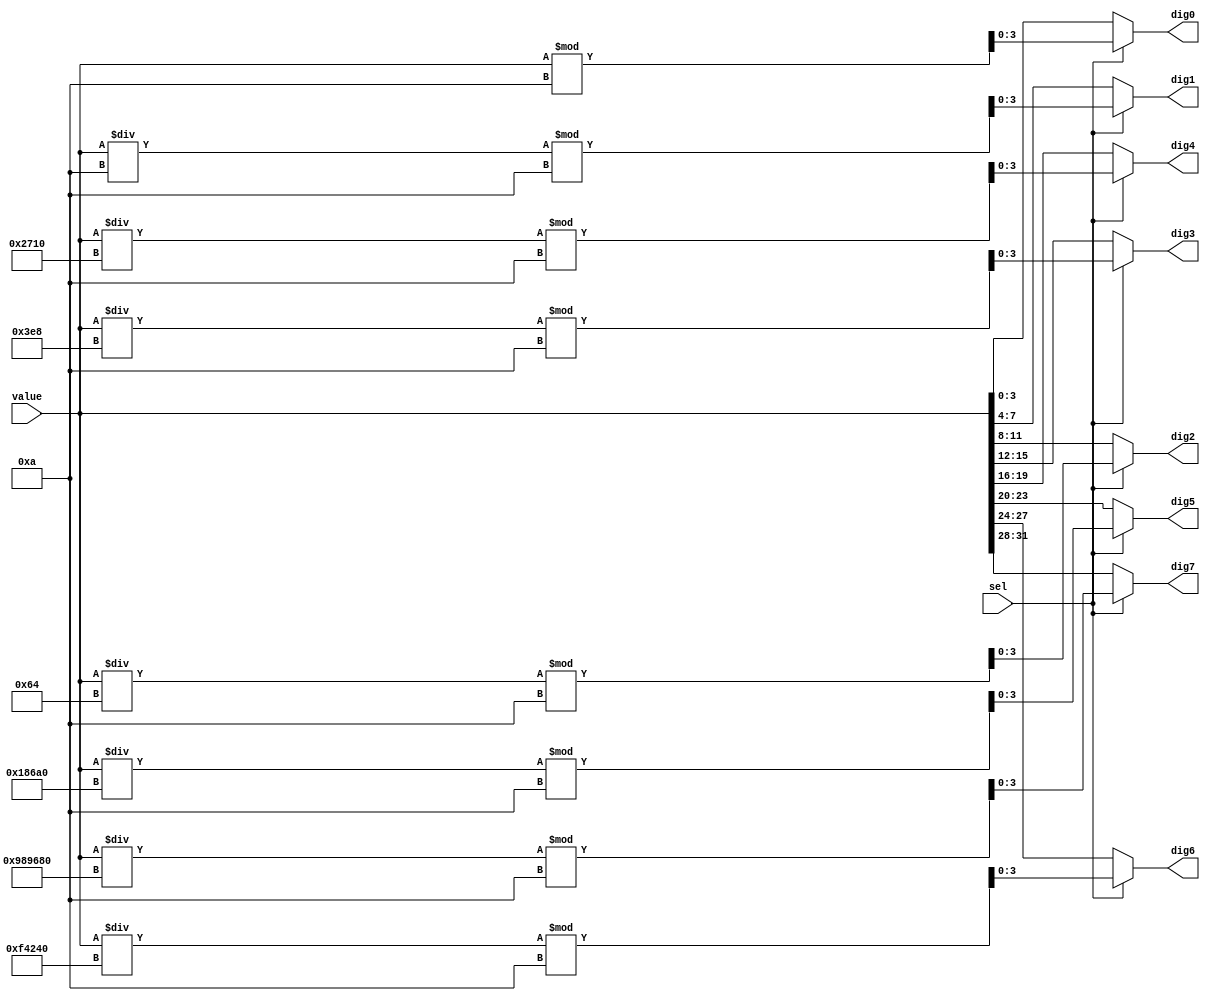
module bin2bcd32(
    input wire sel,
    input wire [31:0] value,
    output wire [3:0] dig0,
    output wire [3:0] dig1,
    output wire [3:0] dig2,
    output wire [3:0] dig3,
    output wire [3:0] dig4,
    output wire [3:0] dig5,
    output wire [3:0] dig6,
    output wire [3:0] dig7
    );
    
    assign dig0 = (sel==1)?value % 10:value[3:0];
    assign dig1 = (sel==1)?(value / 10) % 10:value[7:4];
    assign dig2 = (sel==1)?(value / 100) % 10:value[11:8];
    assign dig3 = (sel==1)?(value / 1000) % 10:value[15:12];
    assign dig4 = (sel==1)?(value / 10000) % 10:value[19:16];
    assign dig5 = (sel==1)?(value / 100000) % 10:value[23:20];
    assign dig6 = (sel==1)?(value / 1000000) % 10:value[27:24];
    assign dig7 = (sel==1)?(value / 10000000) % 10:value[31:28];
    
endmodule